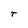
Character: T